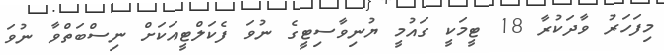
މިފަހަރު ވާދަކުރާ 18 ޓީމަކީ ގައުމީ ޔުނިވާސިޓީގެ ނުވަ ފެކަލްޓީއަކަށް ނިސްބަތްވާ ނުވަ